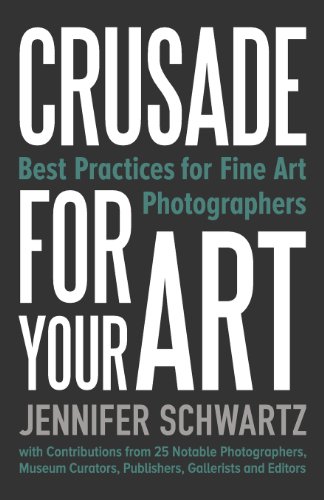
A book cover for Crusade for Your Art: Best Practices for Fine Art Photographers; Schwartz Jennifer; Arts & Photography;